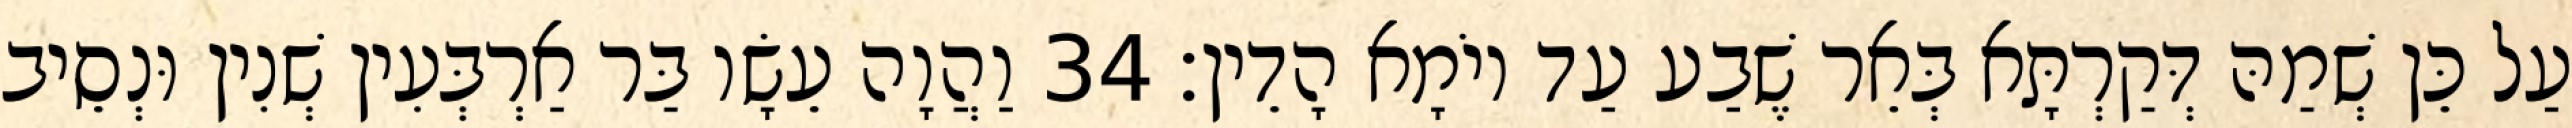
עַל כֵּן שְׁמַהּ דְּקַרְתָּא בְּאֵר שֶׁבַע עַד יוֹמָא הָדֵין׃ 34 וַהֲוָה עֵשָׂו בַּר אַרְבְּעִין שְׁנִין וּנְסֵיב